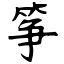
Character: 筝